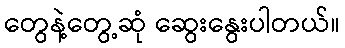
တွေနဲ့တွေ့ဆုံ ဆွေးနွေးပါတယ်။